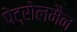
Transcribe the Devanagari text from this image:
पेट्रोलमैन